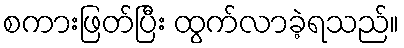
စကားဖြတ်ပြီး ထွက်လာခဲ့ရသည်။